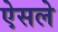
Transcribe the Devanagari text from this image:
ऐसले